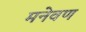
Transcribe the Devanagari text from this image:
मनेवण